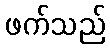
ဖက်သည်